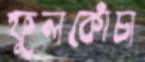
ফুলকোঁচা